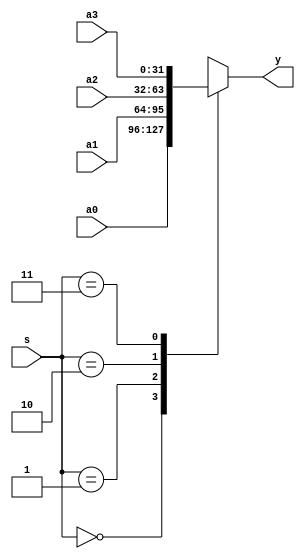
/* 
writer:liyiming 
date: 2018/11/13
version: 0.0
module: mux
func: 3241
*/
module mux4x32(
    a0,
    a1,
    a2,
    a3,
    s,
    y
);
    input [31:0]a0,a1,a2,a3;
    input [1:0]s;
    output [31:0]y;
    function [31:0] select;
            input [31:0]a0,a1,a2,a3;
            input [1:0]s;
            case (s)
                2'b00: select = a0;
                2'b01: select = a1;
                2'b10: select = a2;
                2'b11: select = a3;
            endcase
    endfunction
    assign y = select(a0,a1,a2,a3,s);
endmodule